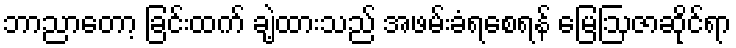
ဘာညာတော့ ခြင်းထက် ချဲ့ထားသည် အဖမ်းခံရစေရန် မြေဩဇာဆိုင်ရာ